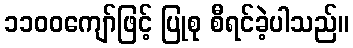
၁၁၀၀ကျော်ဖြင့် ပြုစု စီရင်ခဲ့ပါသည်။